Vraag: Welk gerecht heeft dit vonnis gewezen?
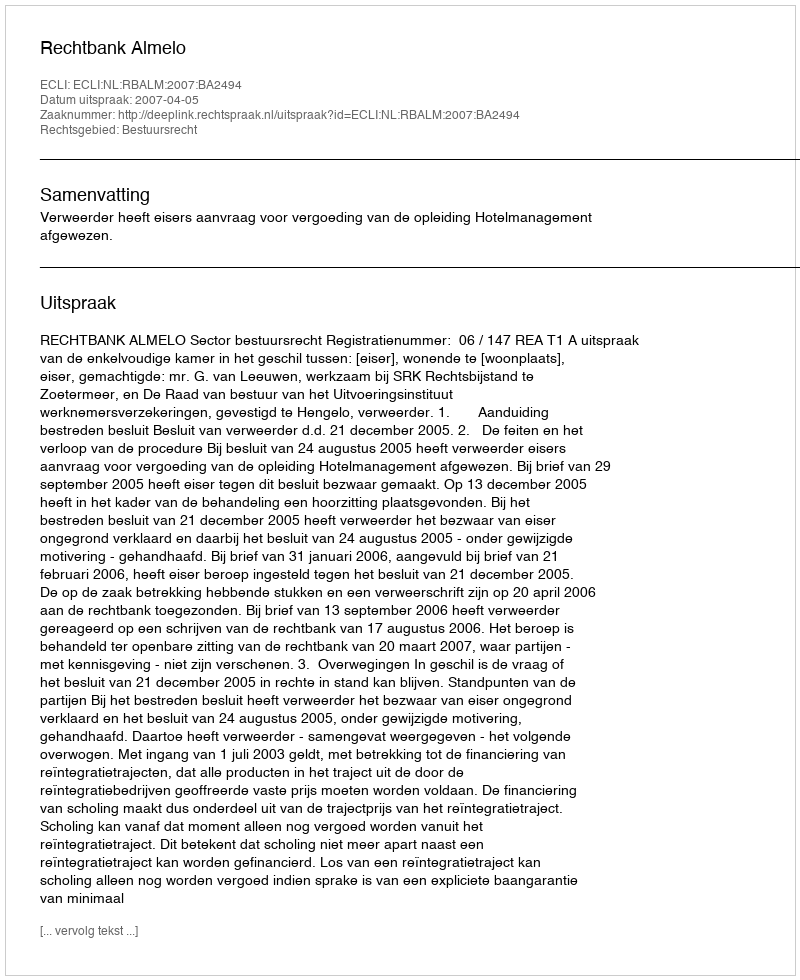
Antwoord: Rechtbank Almelo